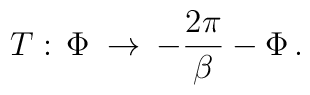
T:\,\Phi\:\rightarrow\:-\frac{2\pi}{\beta}-\Phi\,.